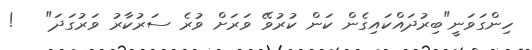
ހިންގަވަނީ"ބިރުދައްކައިގެން ކަން ކުރުވޭ ވަރަށް ވުރެ ސަރުކާރު ވަރުގަދަ"   !